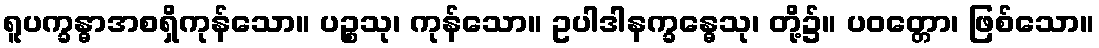
ရူပက္ခန္ဓာအစရှိကုန်သော။ ပဉ္စသု၊ ကုန်သော။ ဥပါဒါနက္ခန္ဓေသု၊ တို့၌။ ပဝတ္တော၊ ဖြစ်သော။